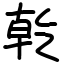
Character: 乾